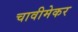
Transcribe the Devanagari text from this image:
चावीमेकर